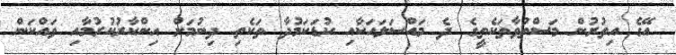
އޭގެ އިތުރުން މަސްތުވާތަކެތީގެ ދެ މައްސަލައަކާއި ކުޑަކަމުދާ ތަކެތި ދިނުމަށް އިންކާރުކުރުމާއި ވައްކަން